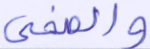
والضحى